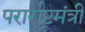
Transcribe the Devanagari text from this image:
पराराष्ट्रमंत्री